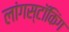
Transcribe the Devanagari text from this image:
लांगस्टॉकिंग